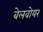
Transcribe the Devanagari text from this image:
बेलवोयर